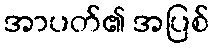
အာပတ်၏ အပြစ်